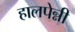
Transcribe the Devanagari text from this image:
हालपेन्नी